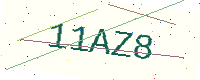
Text: 11AZ8